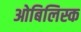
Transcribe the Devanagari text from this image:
ओबिलिस्क